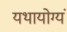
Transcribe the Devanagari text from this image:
यथायोग्यं